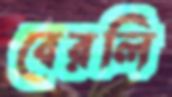
বেরলি